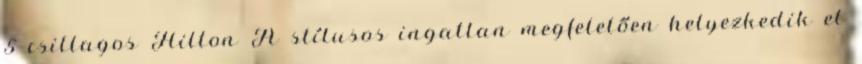
5 csillagos Hilton A stílusos ingatlan megfelelően helyezkedik el